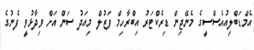
އެމްޑަބްލިއުއެސްސީގެ މެނޭޖިން ޑިރެކްޓަރު އިބްރާހިމް ފަޒުލް މިއަދު ސަން އަށް ވިދާޅުވީ ފެނުގެ